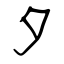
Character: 夕